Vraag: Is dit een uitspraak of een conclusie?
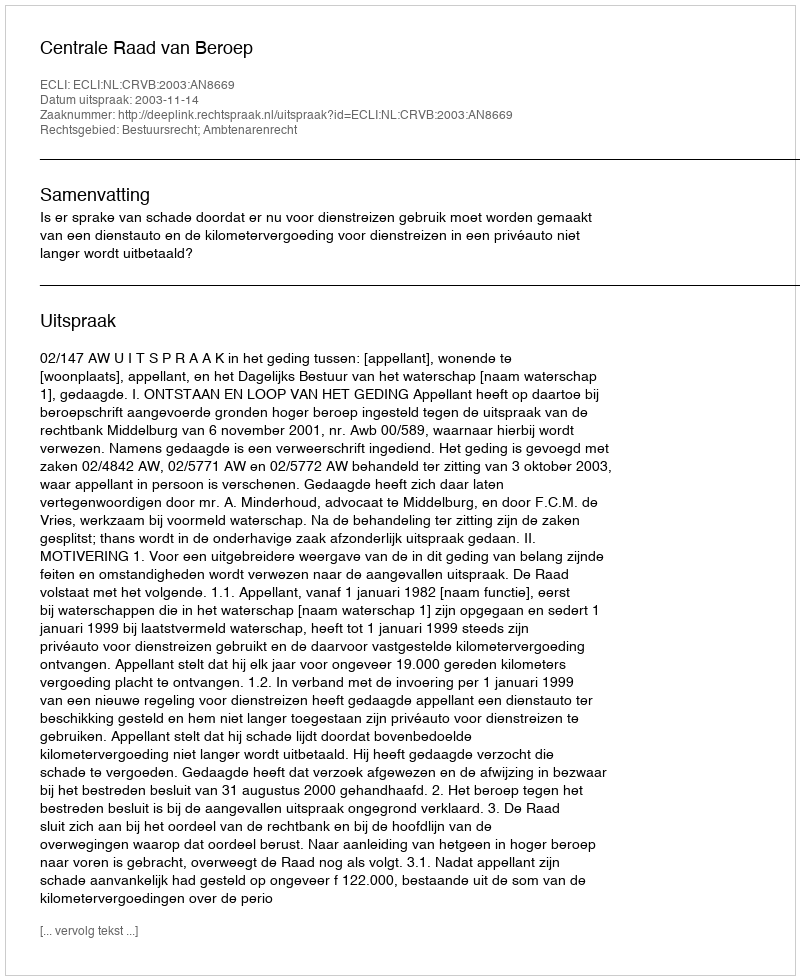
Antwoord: Uitspraak